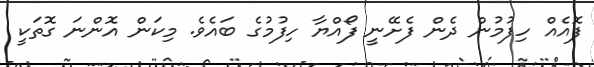
ފޮއެއް ހިފުމުން ދެން ފެށޭނީ ފޯއްޔާ ހިފުމުގެ ބައެވެ. މިކަން އޮންނަ ގޮތަކީ